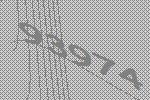
93974